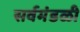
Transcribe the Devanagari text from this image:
सर्वमंडळी